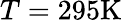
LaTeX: T=295\textrm{K}